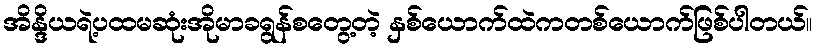
အိန္ဒိယရဲ့ပထမဆုံးအိုမာခရွန်စတွေ့တဲ့ နှစ်ယောက်ထဲကတစ်ယောက်ဖြစ်ပါတယ်။